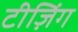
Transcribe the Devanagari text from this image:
टीज़िंग